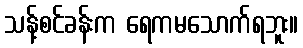
သန့်စင်ခန်းက ရေကမသောက်ရဘူး။